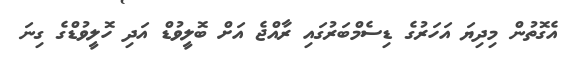
އެގޮތުން މިދިޔަ އަހަރުގެ ޑިސެމްބަރުގައި ރާއްޖެ އަށް ބޮލީވުޑް އަދި ހޮލީވުޑްގެ ގިނަ